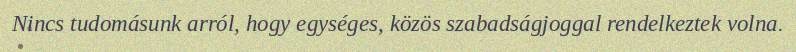
Nincs tudomásunk arról, hogy egységes, közös szabadságjoggal rendelkeztek volna.